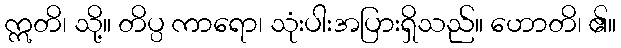
ဣတိ၊ သို့။ တိပ္ပ ကာရော၊ သုံးပါးအပြားရှိသည်။ ဟောတိ၊ ၏။